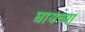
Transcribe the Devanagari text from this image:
घायच्या